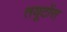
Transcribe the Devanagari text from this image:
तयूटोंस